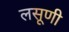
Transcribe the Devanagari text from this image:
लसूणी